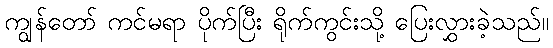
ကျွန်တော် ကင်မရာ ပိုက်ပြီး ရိုက်ကွင်းသို့ ပြေးလွှားခဲ့သည်။